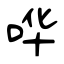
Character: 哗